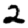
Digit: 2